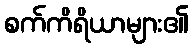
စက်ကိရိယာများ၏